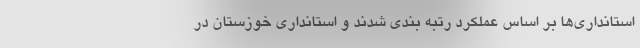
استانداری‌ها بر اساس عملکرد رتبه بندی شدند و استانداری خوزستان در